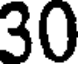
30